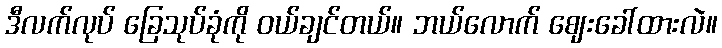
ဒီလက်လုပ် ခြေသုပ်ခုံကို ဝယ်ချင်တယ်။ ဘယ်လောက် ဈေးခေါ်ထားလဲ။